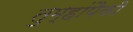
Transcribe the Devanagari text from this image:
तुम्हांपैकी